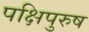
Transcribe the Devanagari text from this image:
पक्षिपुरुष